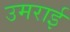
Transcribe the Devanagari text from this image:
उमराई